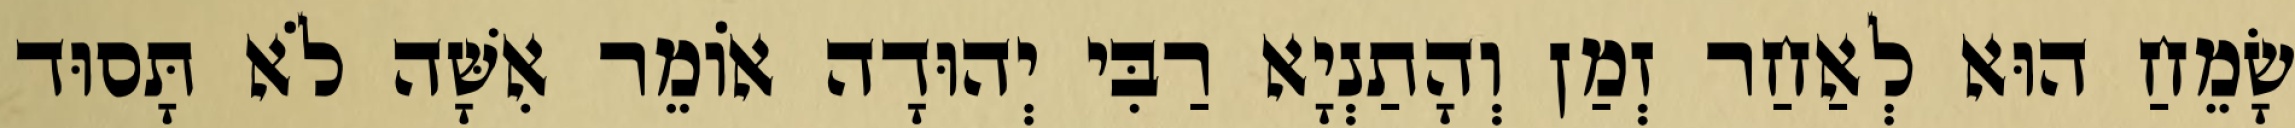
שָׂמֵחַ הוּא לְאַחַר זְמַן וְהָתַנְיָא רַבִּי יְהוּדָה אוֹמֵר אִשָּׁה לֹא תָּסוּד